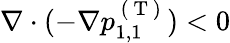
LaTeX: \nabla\cdot(-\nabla p_{1,1}^{\mathrm{~(~T~)~}})<0